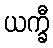
ယက္ခီ